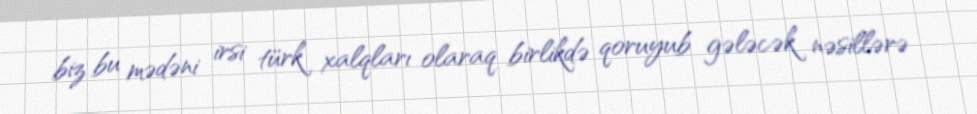
biz bu mədəni irsi türk xalqları olaraq birlikdə qoruyub gələcək nəsillərə